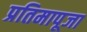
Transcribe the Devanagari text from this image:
प्रतिमापूजा